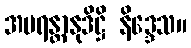
အပရန္တာနုဒိဋ္ဌိ နိဒ္ဒေသ။